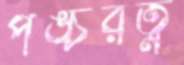
পঙ্চরত্ন